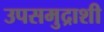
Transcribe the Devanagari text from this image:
उपसमुद्राशी